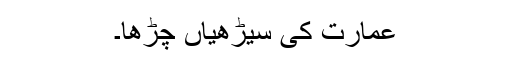
عمارت کی سیڑھیاں چڑھا۔